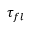
\tau _ { f l }